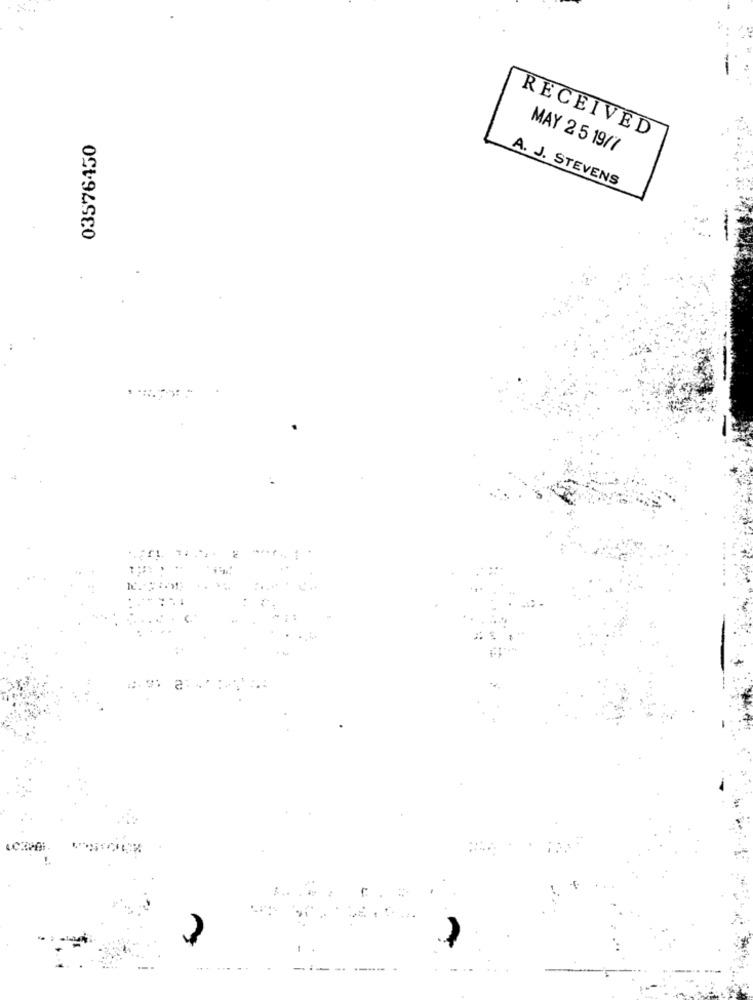
RECEIVED
03576450
MAY 2 5 19/7
A. J. STEVENS
2: